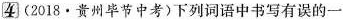
4 (2018·贵州毕节中考)下列词语中书写有误的一